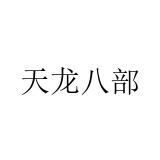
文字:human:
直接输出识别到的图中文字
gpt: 天龙八部